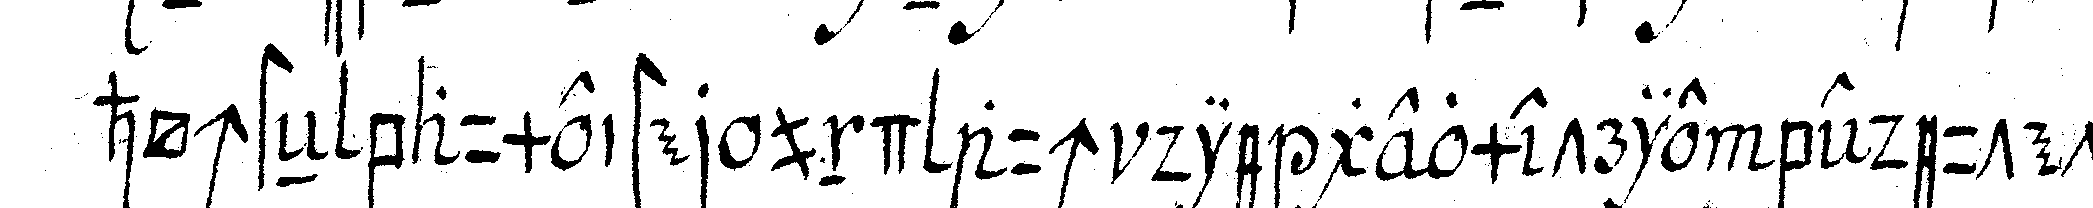
höchsteN baumeister und auch die geometrie bedeutet